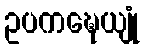
ဥပကဍ္ဎေယျုံ